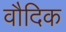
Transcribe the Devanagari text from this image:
वौदिक